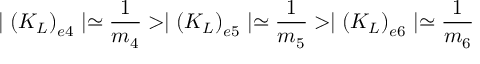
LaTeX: \mid \left( K _ { L } \right) _ { e 4 } \mid \simeq \frac { 1 } { m _ { 4 } } > \mid \left( K _ { L } \right) _ { e 5 } \mid \simeq \frac { 1 } { m _ { 5 } } > \mid \left( K _ { L } \right) _ { e 6 } \mid \simeq \frac { 1 } { m _ { 6 } }